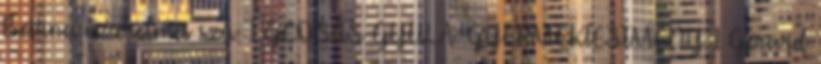
Bettina Szerelmes szív 1 GEOSITS GYULA: GYERMEKFESTMÉNY 1 Gérard